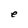
Character: e